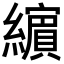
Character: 𦆯